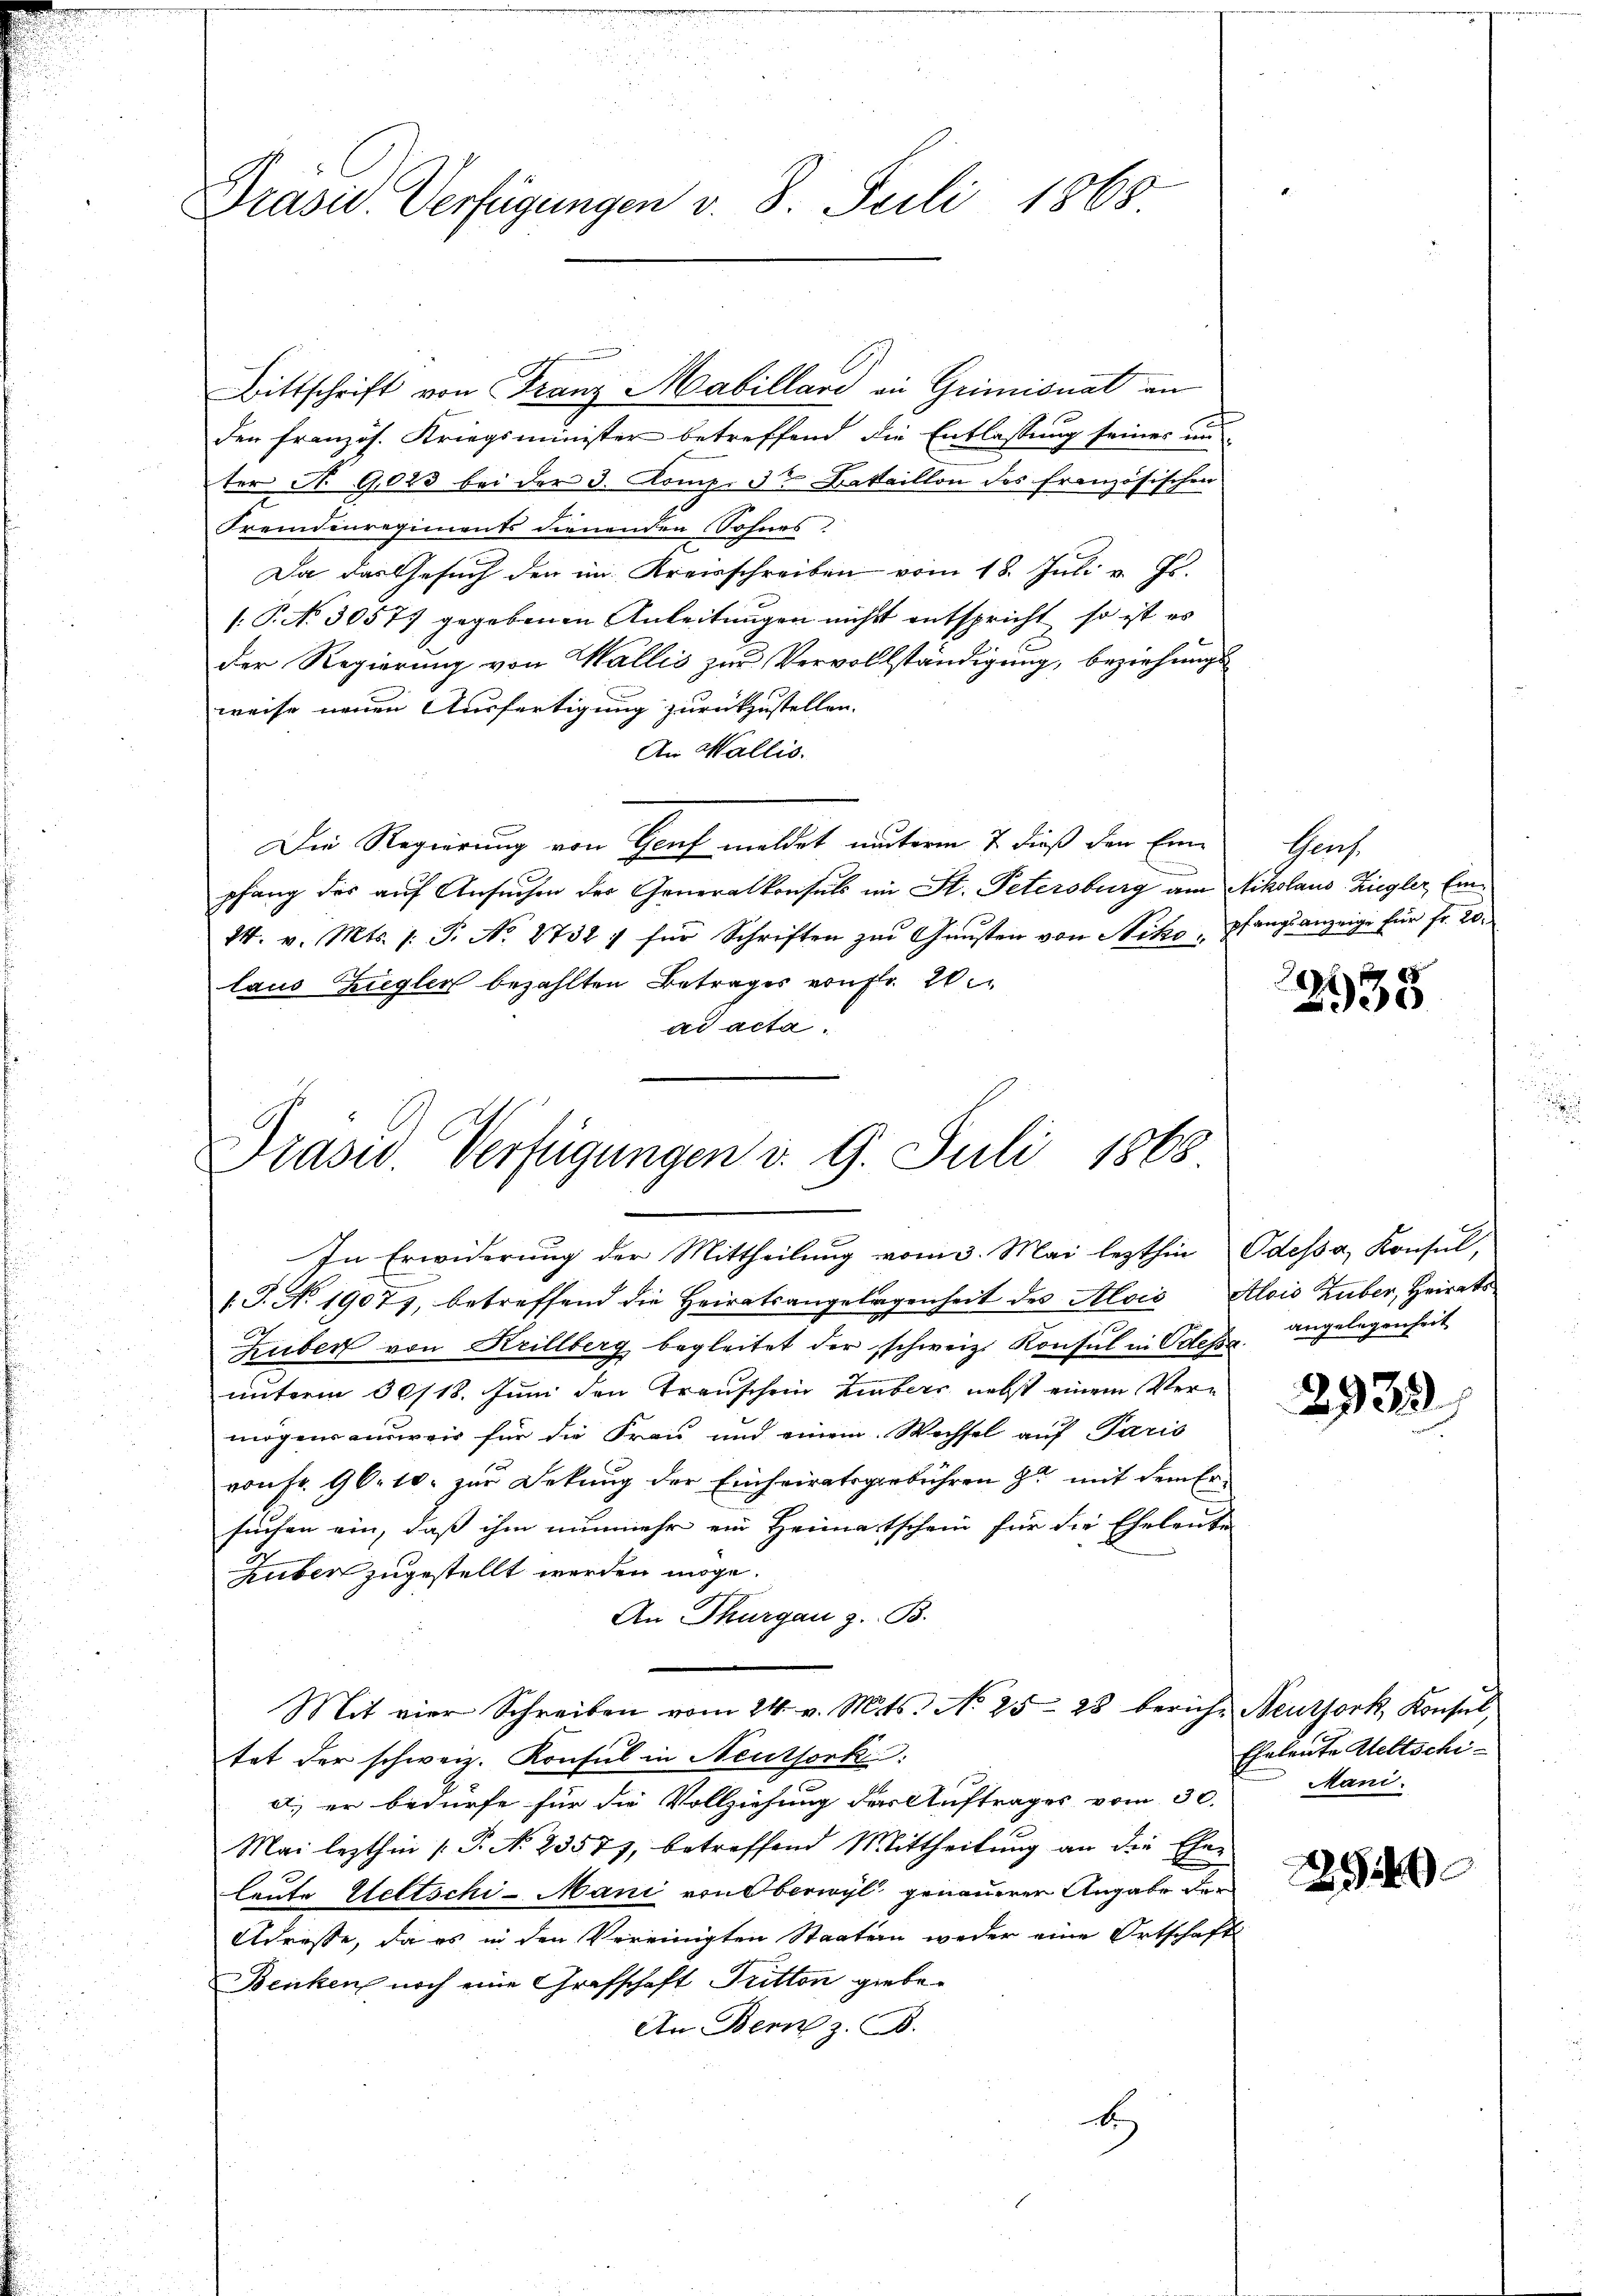
Präsid. Verfügungen v. 8. Juli 1865

Bittschrift von Franz Mabillard an Grimisuat an
den französ. Kriegsminister betreffend die Entlassung seiner un
ter St. G,023 bei der 3. Komp. den Bataillon des französischen
Fremdenregiments dienenden Sohnes
Da das Gesuch den im Kreisschreiben vom 18. Juli v. Js.
/. P. No 30575 gegebenen Anleitungen nicht entspricht, so ist es
der Regierung von Wallis zur Vervollständigung, beziehungs
weise neuen Ausfertigung zurückzustellen.
An Wallis.
Die Regierung von Genf meldet unterm 7. dieß der Einpfang des auf Ansuchen der Generalkonsuls im St. Petersburg am Nikolaus Ziegler, Ein¬
14. v. Mts. 1. P. No. 2732 : für Schriften zŭ Gŭnsten von Niko, pfangsanzeige für Fr. 20.
laus Zugler bezahlten Betrages von Fr. 20
ad acta.

Präses Verfügungen v. 9. Juli 1868

In Erwiderung der Mittheilung vom 3. Mai lezthin Odessa, Konsul,
[J. No 19077, betreffend die Heiratsangelegenheit des Aloić, Alois Zuber, Heirats
Huber von Krillberg begleitet der schweiz. Konsul in Odessa
unterm 30/18. Juni den Trauschein Libers nebst einem Vermögensausweis für die Frau und einem Wechsel auf Paris
von Fr. 96. 10. zur Dekung der Einheiratsgebühren zu mit dem Ersuchen ein, daß ihm nunmehr ein Heimatschein für die Eheleute
Huber zugestellt werden möge.
An Thurgau z. B.
Mit vier Schreiben vom 24. v. Mts. No 25. 283 berichtat der schweiz. Konsul in Neuthork
a.) er bedürfe für die Vollziehung des Auftrages vom 30.
Mai lezthin /: P. N. 23571, betreffend Mittheilŭng an die Eher
leute Wettschi-Mani von Oberwyl genauerer Angabe der
Adresse, da es in den Vereinigten Staaten weder eine Ortschaft
Benken noch eine Grafschaft Tritten giebe¬
An Bern z. B.
be

Hhrach.

p
5

angelegenheit

2935

Beutjork, Konsul,
Eheleute Weltschi-
Mani.

1549